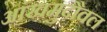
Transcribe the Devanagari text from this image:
आंखमुदौवल